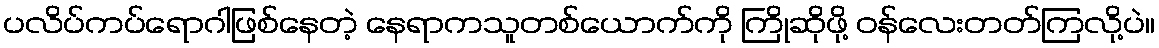
ပလိပ်ကပ်ရောဂါဖြစ်နေတဲ့ နေရာကသူတစ်ယောက်ကို ကြိုဆိုဖို့ ဝန်လေးတတ်ကြလို့ပဲ။